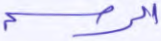
الرسم